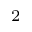
^ 2